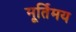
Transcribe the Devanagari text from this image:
मूर्तिमय